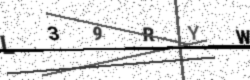
Text: L39RYW